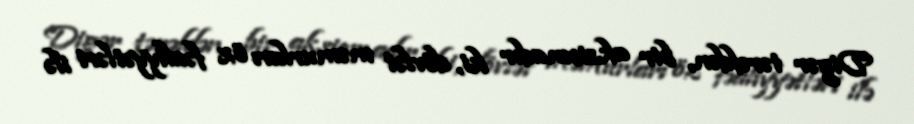
Digər tərəfdən, bir aksiomadır ki, dövlət məmurları öz fəaliyyətləri ilə